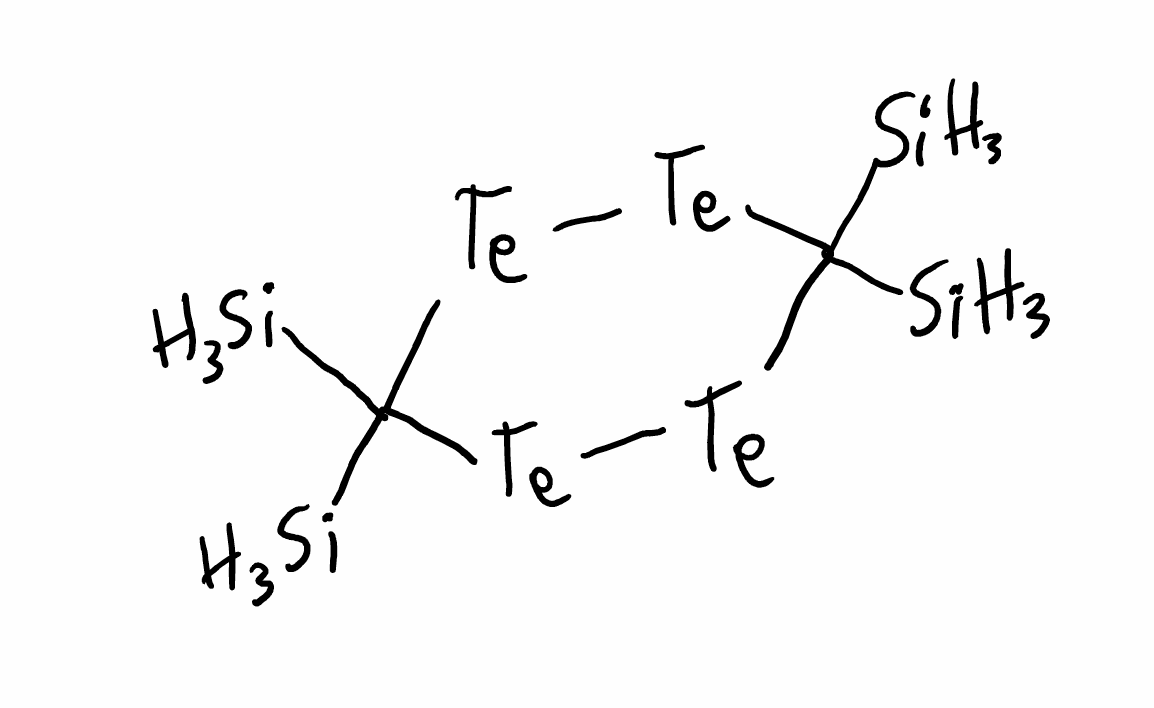
Simplified molecular-input line-entry system (SMILES) notation of the given molecule:
C1([Te][Te]C([Te][Te]1)([SiH3])[SiH3])([SiH3])[SiH3]